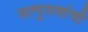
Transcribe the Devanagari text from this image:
सत्‍पुरुषांची